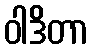
ဝါဒိတာ